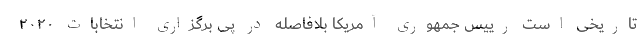
تاریخی است رییس جمهوری آمریکا بلافاصله در پی برگزاری انتخابات ۲۰۲۰